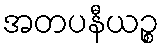
အတပနီယဉ္စ